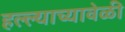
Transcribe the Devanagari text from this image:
हल्ल्याच्यावेळी